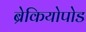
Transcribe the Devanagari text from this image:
ब्रेकियोपोड